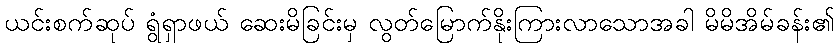
ယင်းစက်ဆုပ် ရွံရှာဖယ် ဆေးမိခြင်းမှ လွတ်မြောက်နိုးကြားလာသောအခါ မိမိအိမ်ခန်း၏